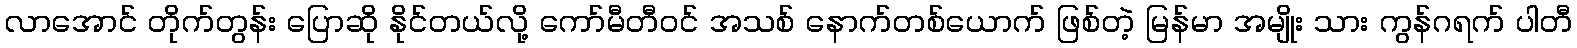
လာအောင် တိုက်တွန်း ပြောဆို နိုင်တယ်လို့ ကော်မီတီဝင် အသစ် နောက်တစ်ယောက် ဖြစ်တဲ့ မြန်မာ အမျိုး သား ကွန်ဂရက် ပါတီ